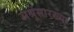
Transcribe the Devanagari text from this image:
अश्रूंसारख्या